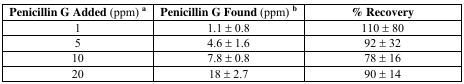
| Penicillin G Added (ppm) a | Penicillin G Found (ppm) b | % Recovery |
 | --- | --- | --- |
 | 1 | 1.1 ± 0.8 | 110 ± 80 |
 | 5 | 4.6 ± 1.6 | 92 ± 32 |
 | 10 | 7.8 ± 0.8 | 78 ± 16 |
 | 20 | 18 ± 2.7 | 90 ± 14 |